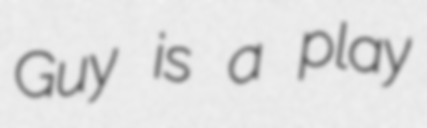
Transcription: Guy is a play